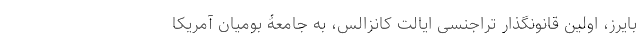
بایرز، اولین قانونگذار تراجنسی ایالت کانزالس، به جامعۀ بومیان آمریکا